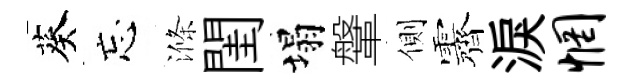
葵忘滌閨塌鞶側露淚惘